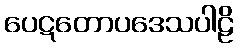
ပေဋတောပဒေသပါဠိ